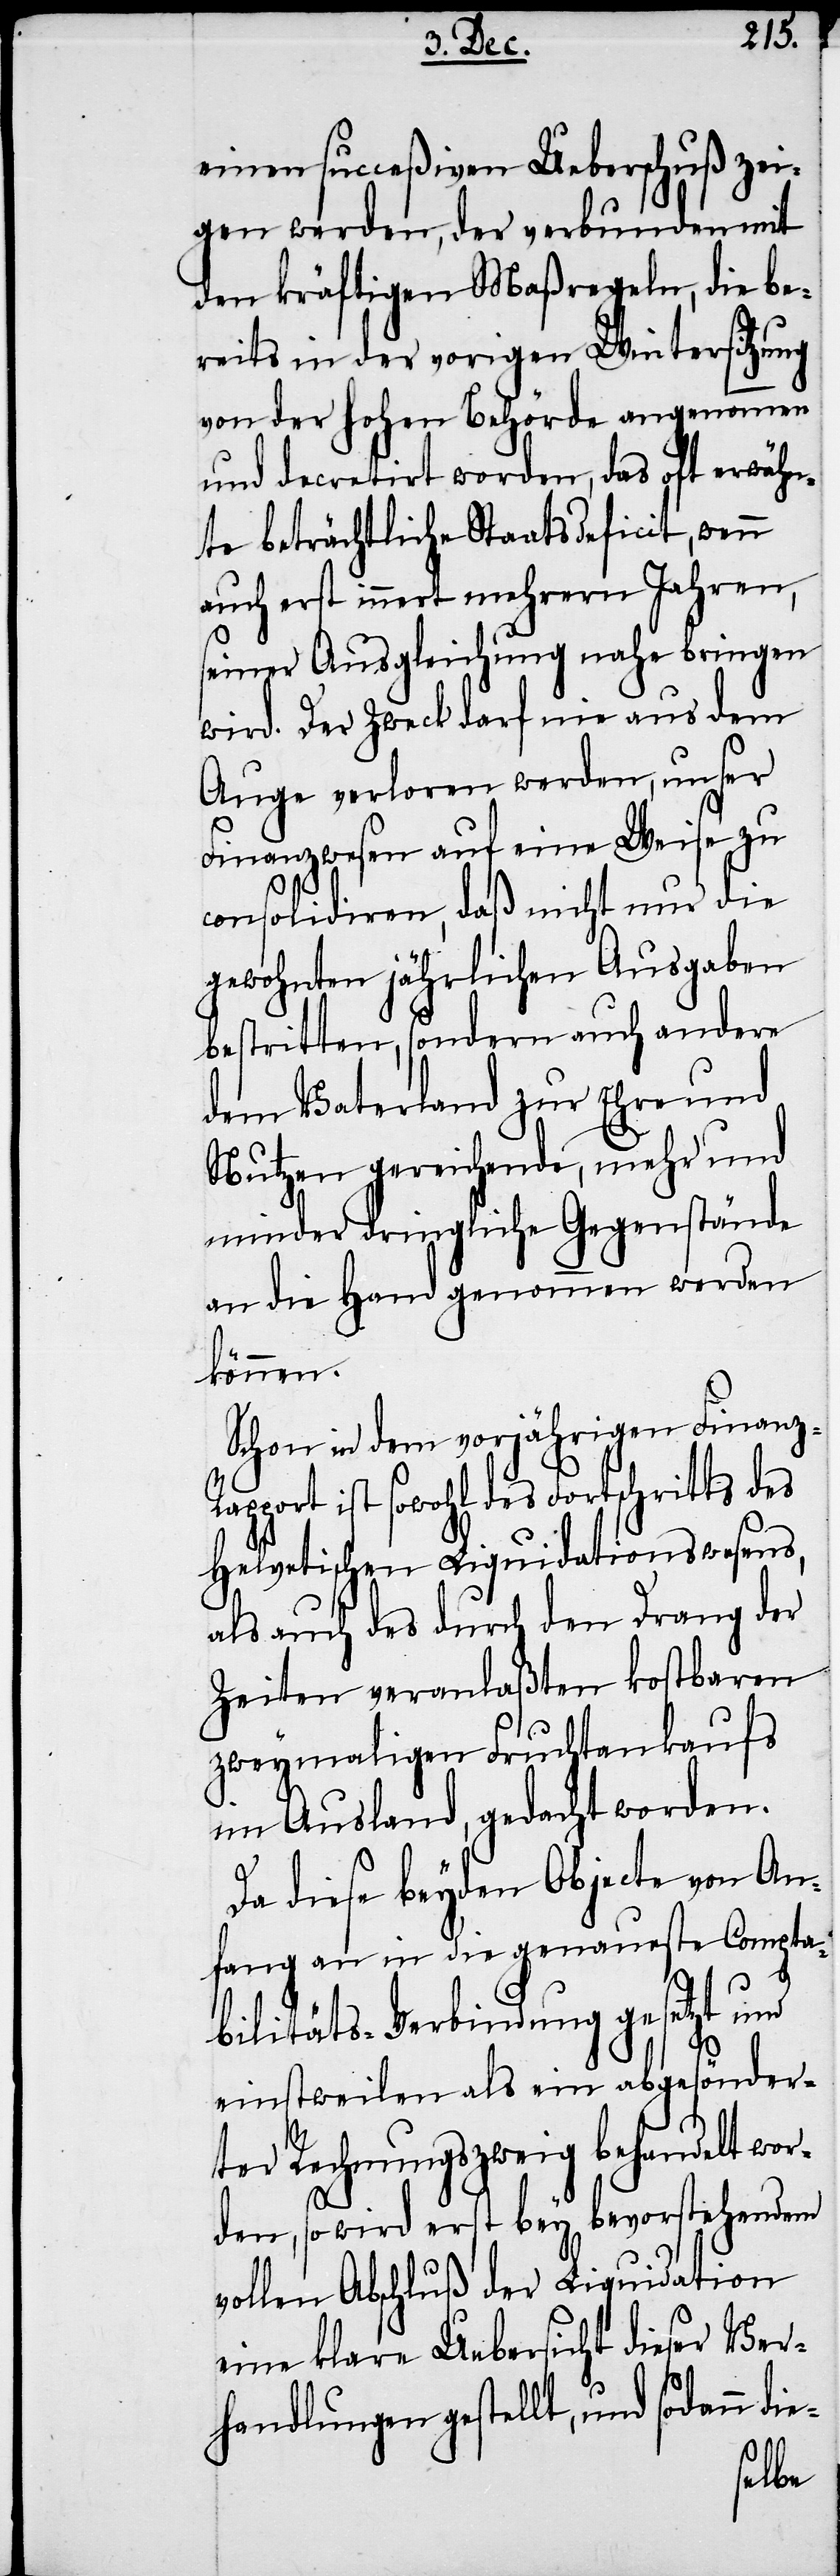
einen succeßiven Ueberschuß zei¬
gen werden, der verbunden mit
den kräftigen Maßregeln, die be¬
reits in der vorigen Wintersitzung
von der hohen Behörde angenommen
und decretirt worden, das oft erwähn¬
te beträchtliche Staatsdeficit, wenn
auch erst innert mehrern Jahren,
seiner Ausgleichung nahe bringen
wird. Der Zweck darf nie aus dem
Auge verloren werden, unser
Finanzwesen auf eine Weise zu
consolidiren, daß nicht nur die
gewohnten jährlichen Ausgaben
bestritten, sondern auch andere
dem Vaterland zur Ehre und
Nutzen gereichende, mehr und
minder dringliche Gegenstände
an die Hand genommen werden
können.
Schon in dem vorjährigen Finanz-R¬
apport ist sowohl des Fortschritts des
Helvetischen Liquidationswesens,
als auch des durch den Drang der
Zeiten veranlaßten kostbaren
zweymaligen Fruchtankaufs
im Ausland, gedacht worden.
Da diese beyden Objecte von An¬
fang an in die genaueste Compta¬
bilitäts-Verbindung gesetzt und
einstweilen als ein abgesönder¬
ter Rechnungszweig behandelt wor¬
den, so wird erst bey bevorstehendem
vollen Abschluß der Liquidation
eine klare Uebersicht dieser Ver¬
handlungen gestellt, und sodann